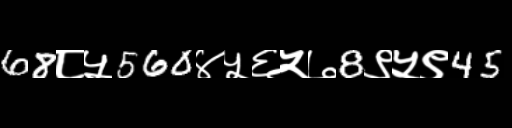
Text: 68८५560४५६५७8९५९45